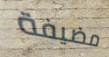
مضيفة